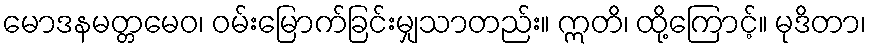
မောဒနမတ္တမေဝ၊ ဝမ်းမြောက်ခြင်းမျှသာတည်း။ ဣတိ၊ ထို့ကြောင့်။ မုဒိတာ၊